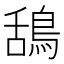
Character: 鴰